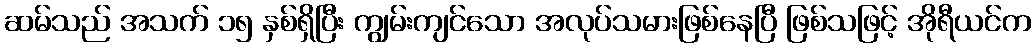
ဆမ်သည် အသက် ၁၅ နှစ်ရှိပြီး ကျွမ်းကျင်သော အလုပ်သမားဖြစ်နေပြီ ဖြစ်သဖြင့် အိုရီယင်က